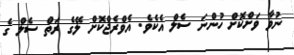
ނުވާ ވަށްކޮށް ހުންނަ ސެލް އެކެވެ. އެވްރެޖްކޮށް ލޭގެ ރަތް ސެލް ގެ